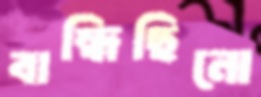
বান্ধিছিনো